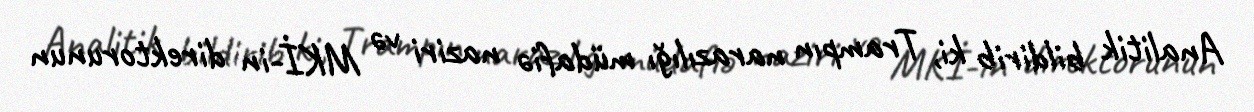
Analitik bildirib ki, Trampın narazılığı müdafiə naziri və MKİ-in direktorunun